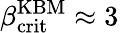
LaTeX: \beta_{\mathrm{crit}}^{\mathrm{KBM}}\approx 3\